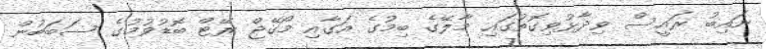
ނައިބު ރައީސް ވިދާޅުވިގޮތުގައި މާލޭގެ ބިމުގެ އަގާއި މޯގޭޖް ރޭޓް ބޮޑުވުމުގެ ސަބަބުން